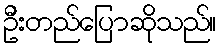
ဦးတည်ပြောဆိုသည်။